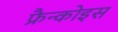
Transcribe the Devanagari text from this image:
फ्रैन्कोइस